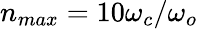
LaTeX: n_{max}=10\omega_{c}/\omega_{o}